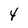
Character: 4